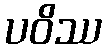
ပဝိဿ